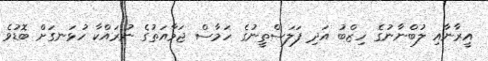
އީރާނާއި ލުބްނާނުގެ ހިޒްބު އަދި ފަލަސްތީނުގެ ހަމާސް ޖަމާއަތުގެ ނުރައްކާ ހުޅަނގަށް ބޮޑުވެ